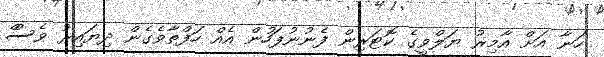
ހަނާ އަށް އާމިރު ޔަލްވީގެ ކޮޓަރިން ފެނުނުފަހުން އެއް ހަފްތާވެގެން ދިޔައިރު ވެސްް